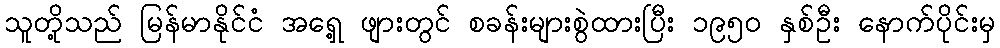
သူတို့သည် မြန်မာနိုင်ငံ အရှေ့ ဖျားတွင် စခန်းများစွဲထားပြီး ၁၉၅၀ နှစ်ဦး နောက်ပိုင်းမှ